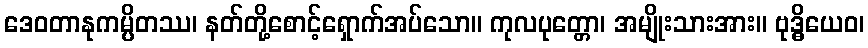
ဒေဝတာနုကမ္ပိတဿ၊ နတ်တို့စောင့်ရှောက်အပ်သော။ ကုလပုတ္တော၊ အမျိုးသားအား။ ဗုဒ္ဓိယေဝ၊